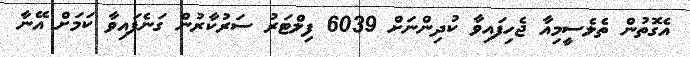
އެގޮތުން ތެލެސީމިއާ ޖެހިފައިވާ ކުދިންނަށް 6039 ފިލްޓަރު ސަރުކާރުން ގަނެފައިވާ ކަމަށް އޭނާ